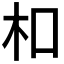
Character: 𪱳